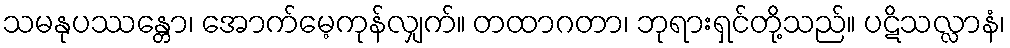
သမနုပဿန္တော၊ အောက်မေ့ကုန်လျှက်။ တထာဂတာ၊ ဘုရားရှင်တို့သည်။ ပဋိသလ္လာနံ၊